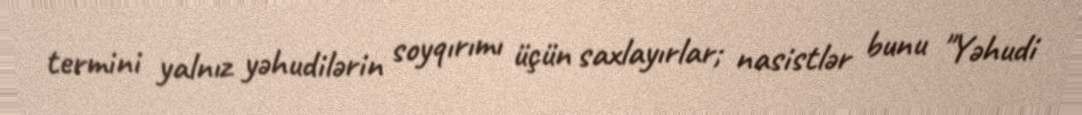
termini yalnız yəhudilərin soyqırımı üçün saxlayırlar; nasistlər bunu "Yəhudi